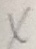
x